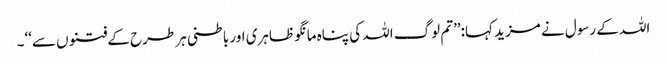
اللہ کے رسول نے مزید کہا:’’تم لوگ اللہ کی پناہ مانگو ظاہری اور باطنی ہر طرح کے فتنوں سے‘‘۔